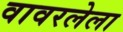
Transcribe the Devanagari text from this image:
वावरलेला